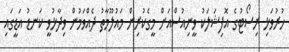
ހުރުވަޅި ރިސޯޓުގެ އޮފިޝަލަކު ވީނިއުސްއަށް މީގެކުރިން މައުލޫމާތު ދެއްވަމުން ވިދާޅުވީ ކަނޑު އަޑީގައި